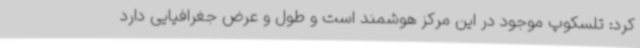
کرد: تلسکوپ موجود در این مرکز هوشمند است و طول و عرض جغرافیایی دارد